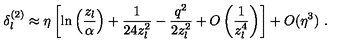
\delta _ { l } ^ { ( 2 ) } \approx \eta \left[ \ln \left( \frac { z _ { l } } \alpha \right) + \frac 1 { 2 4 z _ { l } ^ { 2 } } - \frac { q ^ { 2 } } { 2 z _ { l } ^ { 2 } } + O \left( \frac 1 { z _ { l } ^ { 4 } } \right) \right] + O ( \eta ^ { 3 } ) \ .